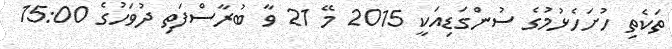
ތަކެތި ހުށަހެޅުމުގެ ސުންގަޑިއަކީ 2015 މޭ 21 ވާ ބުރާސްފަތި ދުވަހުގެ 15:00